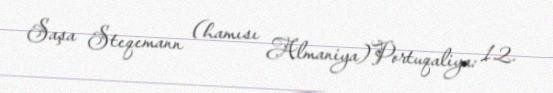
Saşa Steqemann (hamısı Almaniya)Portuqaliya: 12.